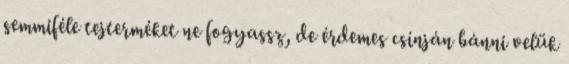
semmiféle tejterméket ne fogyassz, de érdemes csínján bánni velük